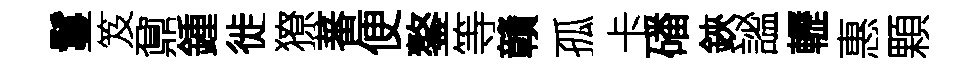
鬘笈鼐鍾徙獠蕃便鏊等贛孤卡磻鋏謐轣惠顆